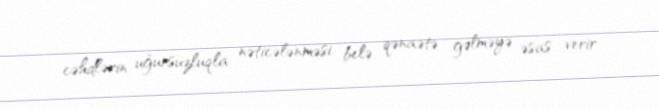
cəhdlərin uğursuzluqla nəticələnməsi belə qənaətə gəlməyə əsas verir.